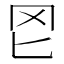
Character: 𦉮